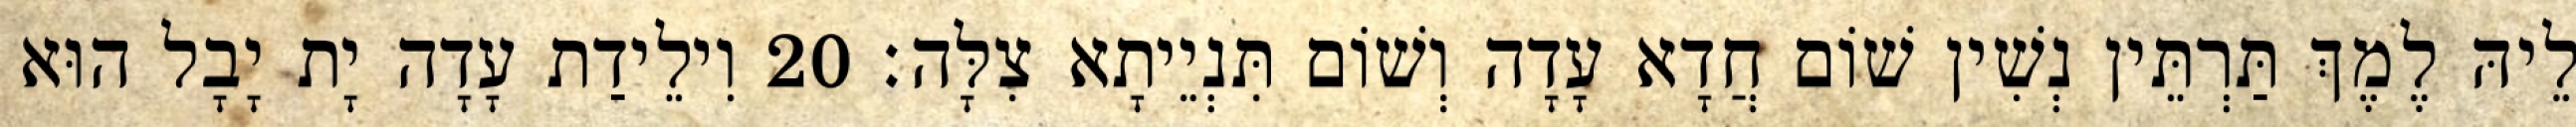
לֵיהּ לֶמֶךְ תַּרְתֵּין נְשִׁין שׁוֹם חֲדָא עָדָה וְשׁוֹם תִּנְיֵיתָא צִלָּה׃ 20 וִילֵידַת עָדָה יָת יָבָל הוּא